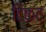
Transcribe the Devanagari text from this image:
टिकट